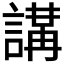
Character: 𧪸